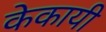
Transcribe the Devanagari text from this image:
केकायी